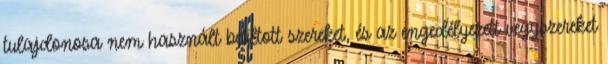
tulajdonosa nem használt betiltott szereket, és az engedélyezett vegyszereket